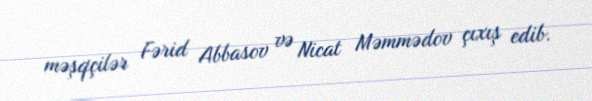
məşqçilər Fərid Abbasov və Nicat Məmmədov çıxış edib.